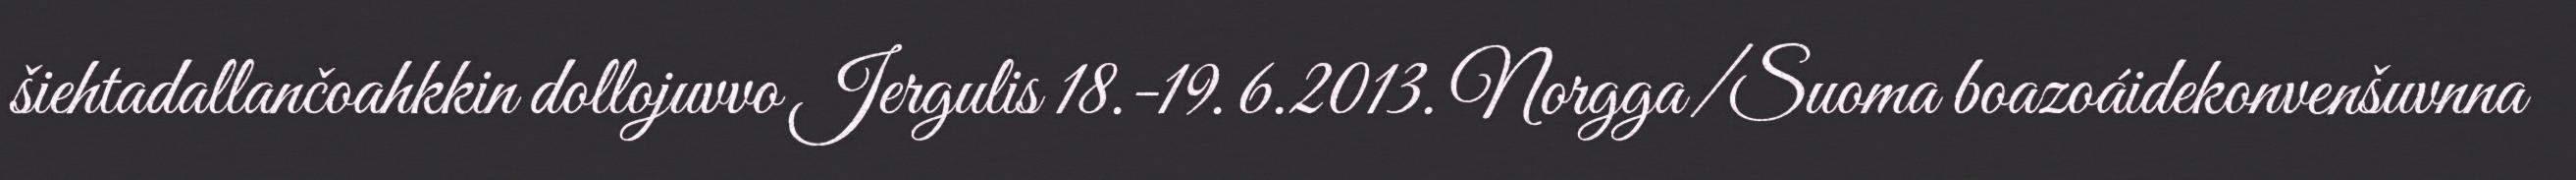
šiehtadallančoahkkin dollojuvvo Jergulis 18.-19. 6.2013. Norgga/Suoma boazoáidekonvenšuvnna